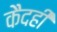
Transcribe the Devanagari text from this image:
कैदही